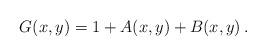
LaTeX: \begin{align*}G(x,y)=1+A(x,y)+B(x,y)\,.\end{align*}